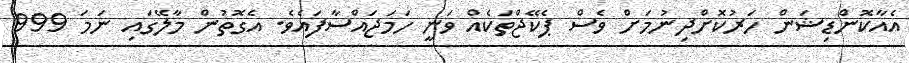
އެއާކޮންޑިޝަން ހަރުކޮށްދިނުމަށް ވެސް ޕެކޭޖްތަކެއް ވަނީ ހަމަޖައްސާފައެވެ. އެގޮތުން މާލޭގައި ނަމަ 999